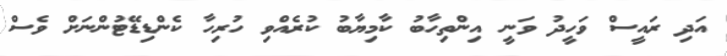
އަދި ރައީސް ވަހީދު ވަނީ އިންތިހާބު ކާމިޔާބު ކުރެއްވި ހުރިހާ ކެންޑިޑޭޓުންނަށް ވެސް